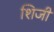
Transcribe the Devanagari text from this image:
शिजी